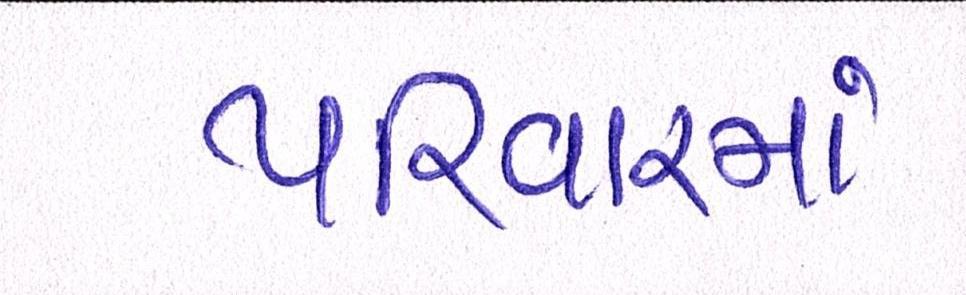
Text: પરિવારમાં